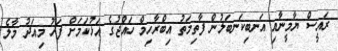
ރައީސް ޔާމީނާއި އަނބިކަނބަލުން ފާތިމަތު އިބްރާހިމް ހައްޖުގެ އަޅުކަމަށް ފަހު މިއަދު މާލެ